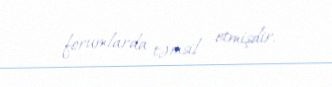
forumlarda təmsil etmişdir.